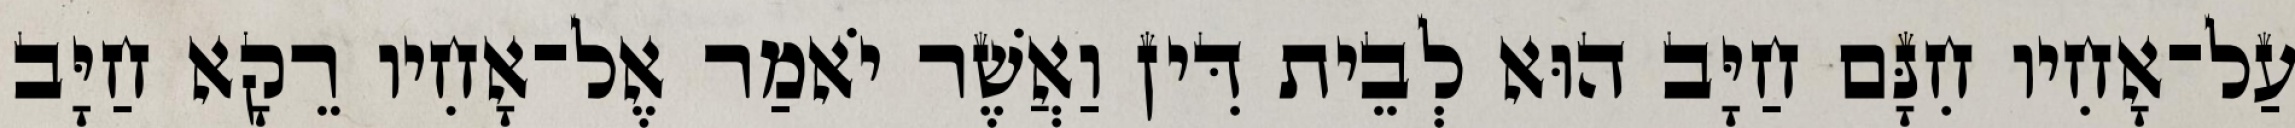
עַל־אָחִיו חִנָּם חַיָּב הוּא לְבֵית דִּין וַאֲשֶׁר יֹאמַר אֶל־אָחִיו רֵקָא חַיָּב